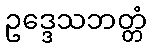
ဥဒ္ဒေသဘတ္တံ